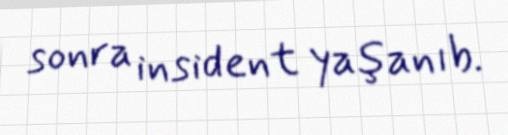
sonra insident yaşanıb.